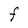
Character: F